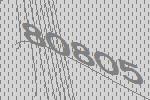
80805